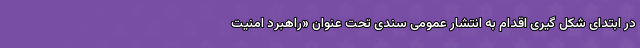
در ابتدای شکل گیری اقدام به انتشار عمومی سندی تحت عنوان «راهبرد امنیت